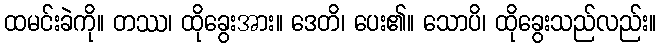
ထမင်းခဲကို။ တဿ၊ ထိုခွေးအား။ ဒေတိ၊ ပေး၏။ သောပိ၊ ထိုခွေးသည်လည်း။